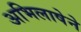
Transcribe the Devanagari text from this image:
अभिलाषेने